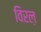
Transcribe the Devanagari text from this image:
विरल़